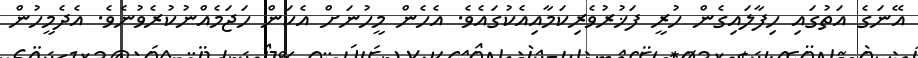
އޭނަގެ އަތުގައި ހިފާލައިގެން ހުރީ ފަޚުރުވެރިކަމާއިއެކުގައެވެ. އެހެން މީހުނަށް އެކަން ހަޖަމެއްނުކުރެވުނެވެ. އެދެމީހުން